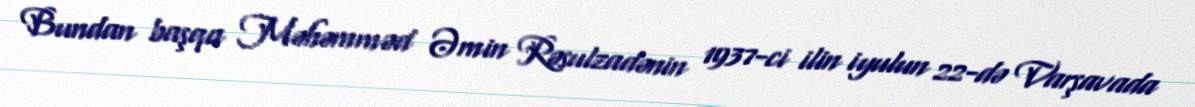
Bundan başqa Məhəmməd Əmin Rəsulzadənin 1937-ci ilin iyulun 22-də Varşavada